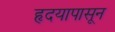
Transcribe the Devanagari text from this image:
हृदयापासून